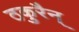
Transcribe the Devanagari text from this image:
ठकुरैन्